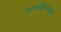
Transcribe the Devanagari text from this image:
बालसाहित्यावरही